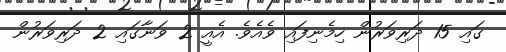
ގައި 15 ދަރިވަރުން ހިމެނިފައި ވެއެވެ. އެއީ 2 ވަނާގައި 2 ދަރިވަރުން